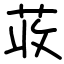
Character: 荍